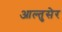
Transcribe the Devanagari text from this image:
आल्तुसेर